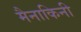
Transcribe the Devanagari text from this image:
मैनाकिनी